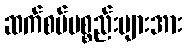
ဆက်စပ်ပစ္စည်းများအား